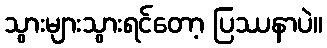
သွားများသွားရင်တော့ ပြဿနာပဲ။